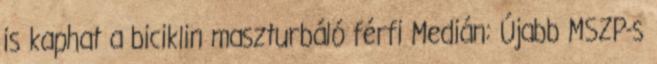
is kaphat a biciklin maszturbáló férfi Medián: Újabb MSZP-s